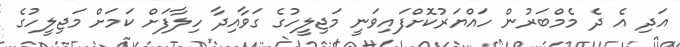
އަދި އެ ދެ މެމްބަރުން ހައްޔަރުކޮށްފައިވަނީ މަޖިލީހުގެ ގަވާއިދާ ހިލާފަށް ކަމަށް މަޖިލީހުގެ